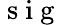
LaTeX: \mathrm{~s~i~g~}